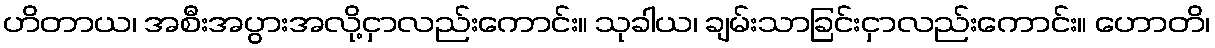
ဟိတာယ၊ အစီးအပွားအလို့ငှာလည်းကောင်း။ သုခါယ၊ ချမ်းသာခြင်းငှာလည်းကောင်း။ ဟောတိ၊